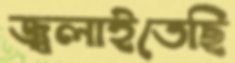
জ্বলাইতেছি